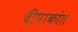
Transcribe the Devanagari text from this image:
दीपाकांत